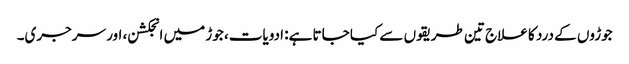
جوڑوں کے درد کا علاج تین طریقوں سے کیا جاتا ہے: ادویات، جوڑ میں انجکشن، اور سرجری۔